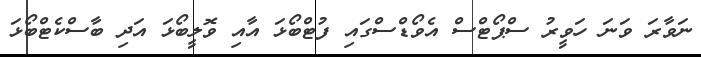
ނަވާރަ ވަނަ ހަވީރު ސްޕޯޓްސް އެވޯޑްސްގައި ފުޓްބޯޅަ އާއި ވޮލީބޯޅަ އަދި ބާސްކެޓްބޯޅަ